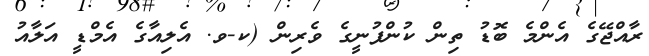
ރާއްޖޭގެ އެންމެ ބޮޑު ތިން ކުންފުނީގެ ވެރިން (ކ-ވ. އެލިއާގެ އެމްޑީ އަލާއު